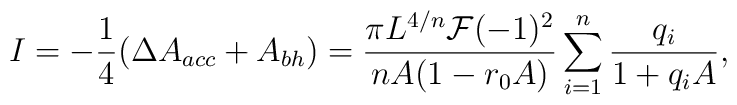
I= -{1\over 4}(\Delta A_{acc} +A_{bh})={\pi L^{4/n}{\cal F}(-1)^2\over n A (1-r_0 A)}\sum_{i=1}^n {q_i\over 1+q_i A},